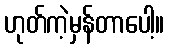
ဟုတ်ကဲ့မှန်တာပေါ့။